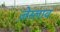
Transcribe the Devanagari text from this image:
ज़ेस्लाव